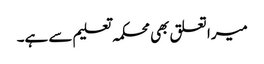
میرا تعلق بھی محکمہ تعلیم سے ہے۔